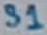
Text: S1